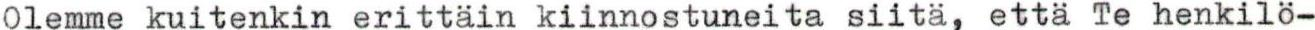
Olemme kuitenkin erittäin kiinnostuneita siitä, että Te henkilö-